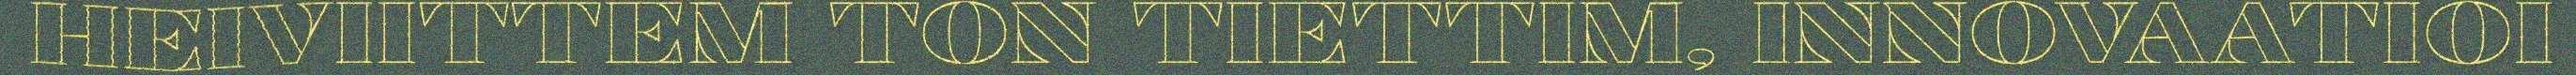
HEIVIITTEM TON TIETTIM, INNOVAATIOI